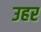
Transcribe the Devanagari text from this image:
उहर